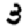
Digit: 3